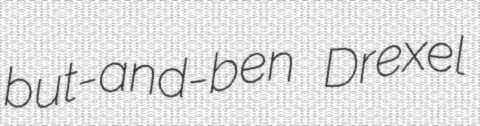
but-and-ben Drexel